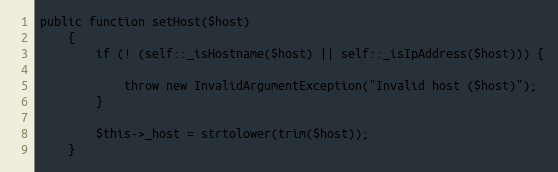
Language: PHP
public function setHost($host)
    {
        if (! (self::_isHostname($host) || self::_isIpAddress($host))) {

            throw new InvalidArgumentException("Invalid host ($host)");
        }

        $this->_host = strtolower(trim($host));
    }